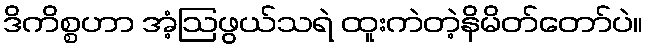
ဒိကိစ္စဟာ အံ့ဩဖွယ်သရဲ ထူးကဲတဲ့နိမိတ်တော်ပဲ။